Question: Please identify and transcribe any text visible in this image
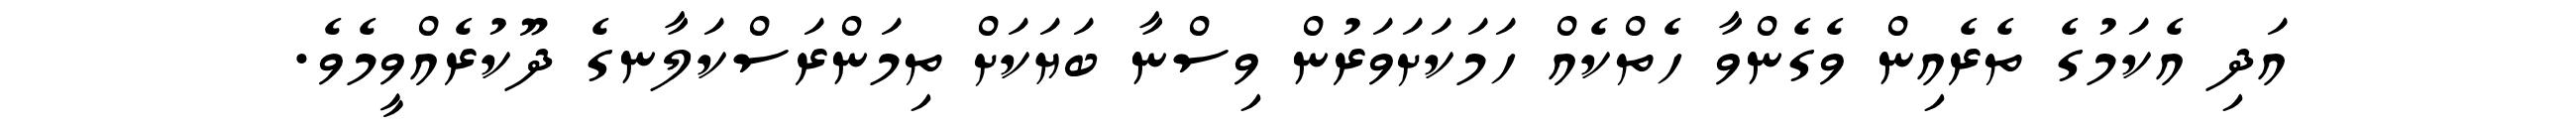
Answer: އަދި އެކަމުގެ ތެރެއިން ވެގެންވާ ހެތްކެއް ހަމަކަށަވަރުން ވިސްނާ ބަޔަކަށް ތިމަންރަސްކަލާނގެ ދޫކުރެއްވީމެވެ.